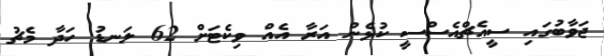
ޖަވާބުގައި ސީއެޗްއެސްސީ ކުޅެން އަރާ އެއް ވިކެޓަށް 62 ލަނޑު ހަދާ މެޗު